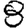
Digit: 8